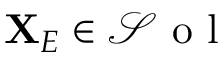
\mathbf { X } _ { E } \in \mathcal { S } \mathrm { ~ o ~ l ~ }